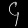
Digit: ၄